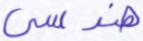
هندسي